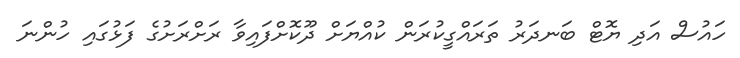
ހައުސް އަދި ޔޮޓް ބަނދަރު ތަރައްގީކުރަން ކުއްޔަށް ދޫކޮށްފައިވާ ރަށްރަށުގެ ފަޅުގައި ހުންނަ